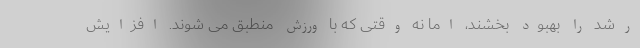
رشد را بهبود بخشند، اما نه وقتی که با ورزش منطبق می شوند. افزایش